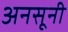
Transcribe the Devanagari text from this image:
अनसूनी